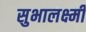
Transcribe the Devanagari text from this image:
सुभालक्ष्मी